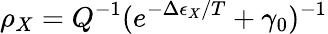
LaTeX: \rho_{X}=Q^{-1}(e^{-\Delta\epsilon_{X}/T}+\gamma_{0})^{-1}